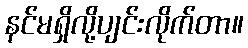
နင်မရှိလို့ပျင်းလိုက်တာ။